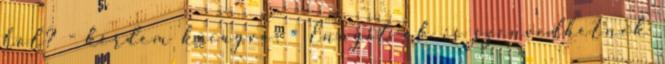
hol? - kérdem kacagva. - Ennyit ők is szenvedhetnek